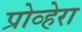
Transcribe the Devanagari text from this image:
प्रोव्हेरा